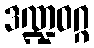
ဒဏ္ဍဝဂ္ဂ